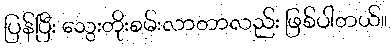
ပြန်ပြီး သွေးတိုးစမ်းလာတာလည်း ဖြစ်ပါတယ်။